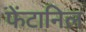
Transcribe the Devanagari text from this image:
फेंटानिल